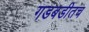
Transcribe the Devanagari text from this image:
गडबडीतच